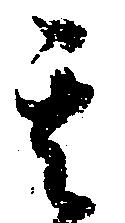
其